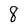
Character: 8